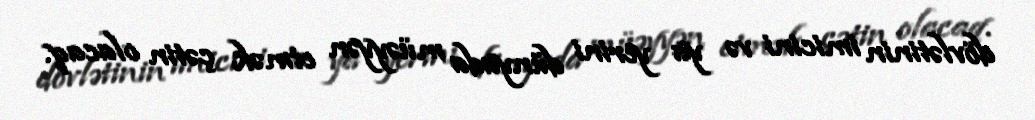
dövlətinin imicini və ya yerini dünyada müəyyən etmək çətin olacaq.